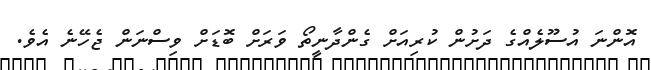
އޮންނަ އުސޫލެއްގެ ދަށުން ކުރިއަށް ގެންދާނީތޯ ވަރަށް ބޮޑަށް ވިސްނަން ޖެހޭނެ އެވެ.